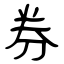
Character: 券